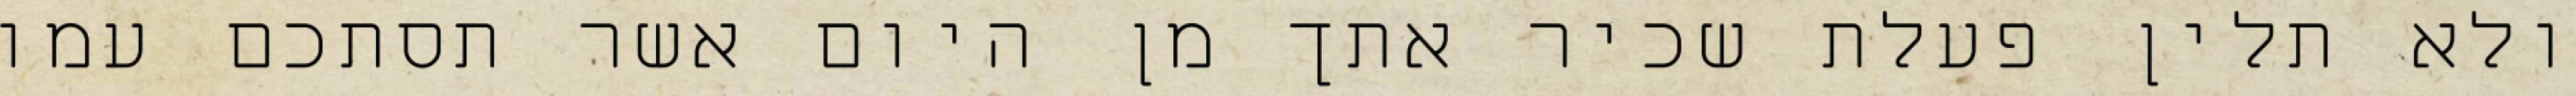
ולא תלין פעלת שכיר אתך מן היום אשר תסתכם עמו